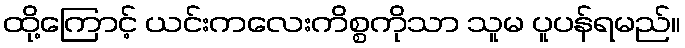
ထို့ကြောင့် ယင်းကလေးကိစ္စကိုသာ သူမ ပူပန်ရမည်။